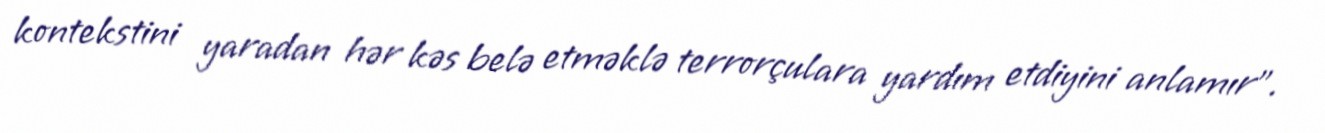
kontekstini yaradan hər kəs belə etməklə terrorçulara yardım etdiyini anlamır”.